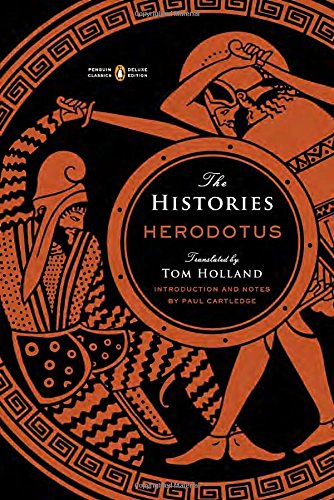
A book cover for The Histories: (Penguin Classics Deluxe Edition); Herodotus; History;